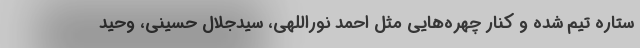
ستاره تیم شده و کنار چهره‌هایی مثل احمد نوراللهی، سیدجلال حسینی، وحید